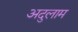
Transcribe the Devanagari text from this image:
अदुलाम